Riigikantselei, lk 11
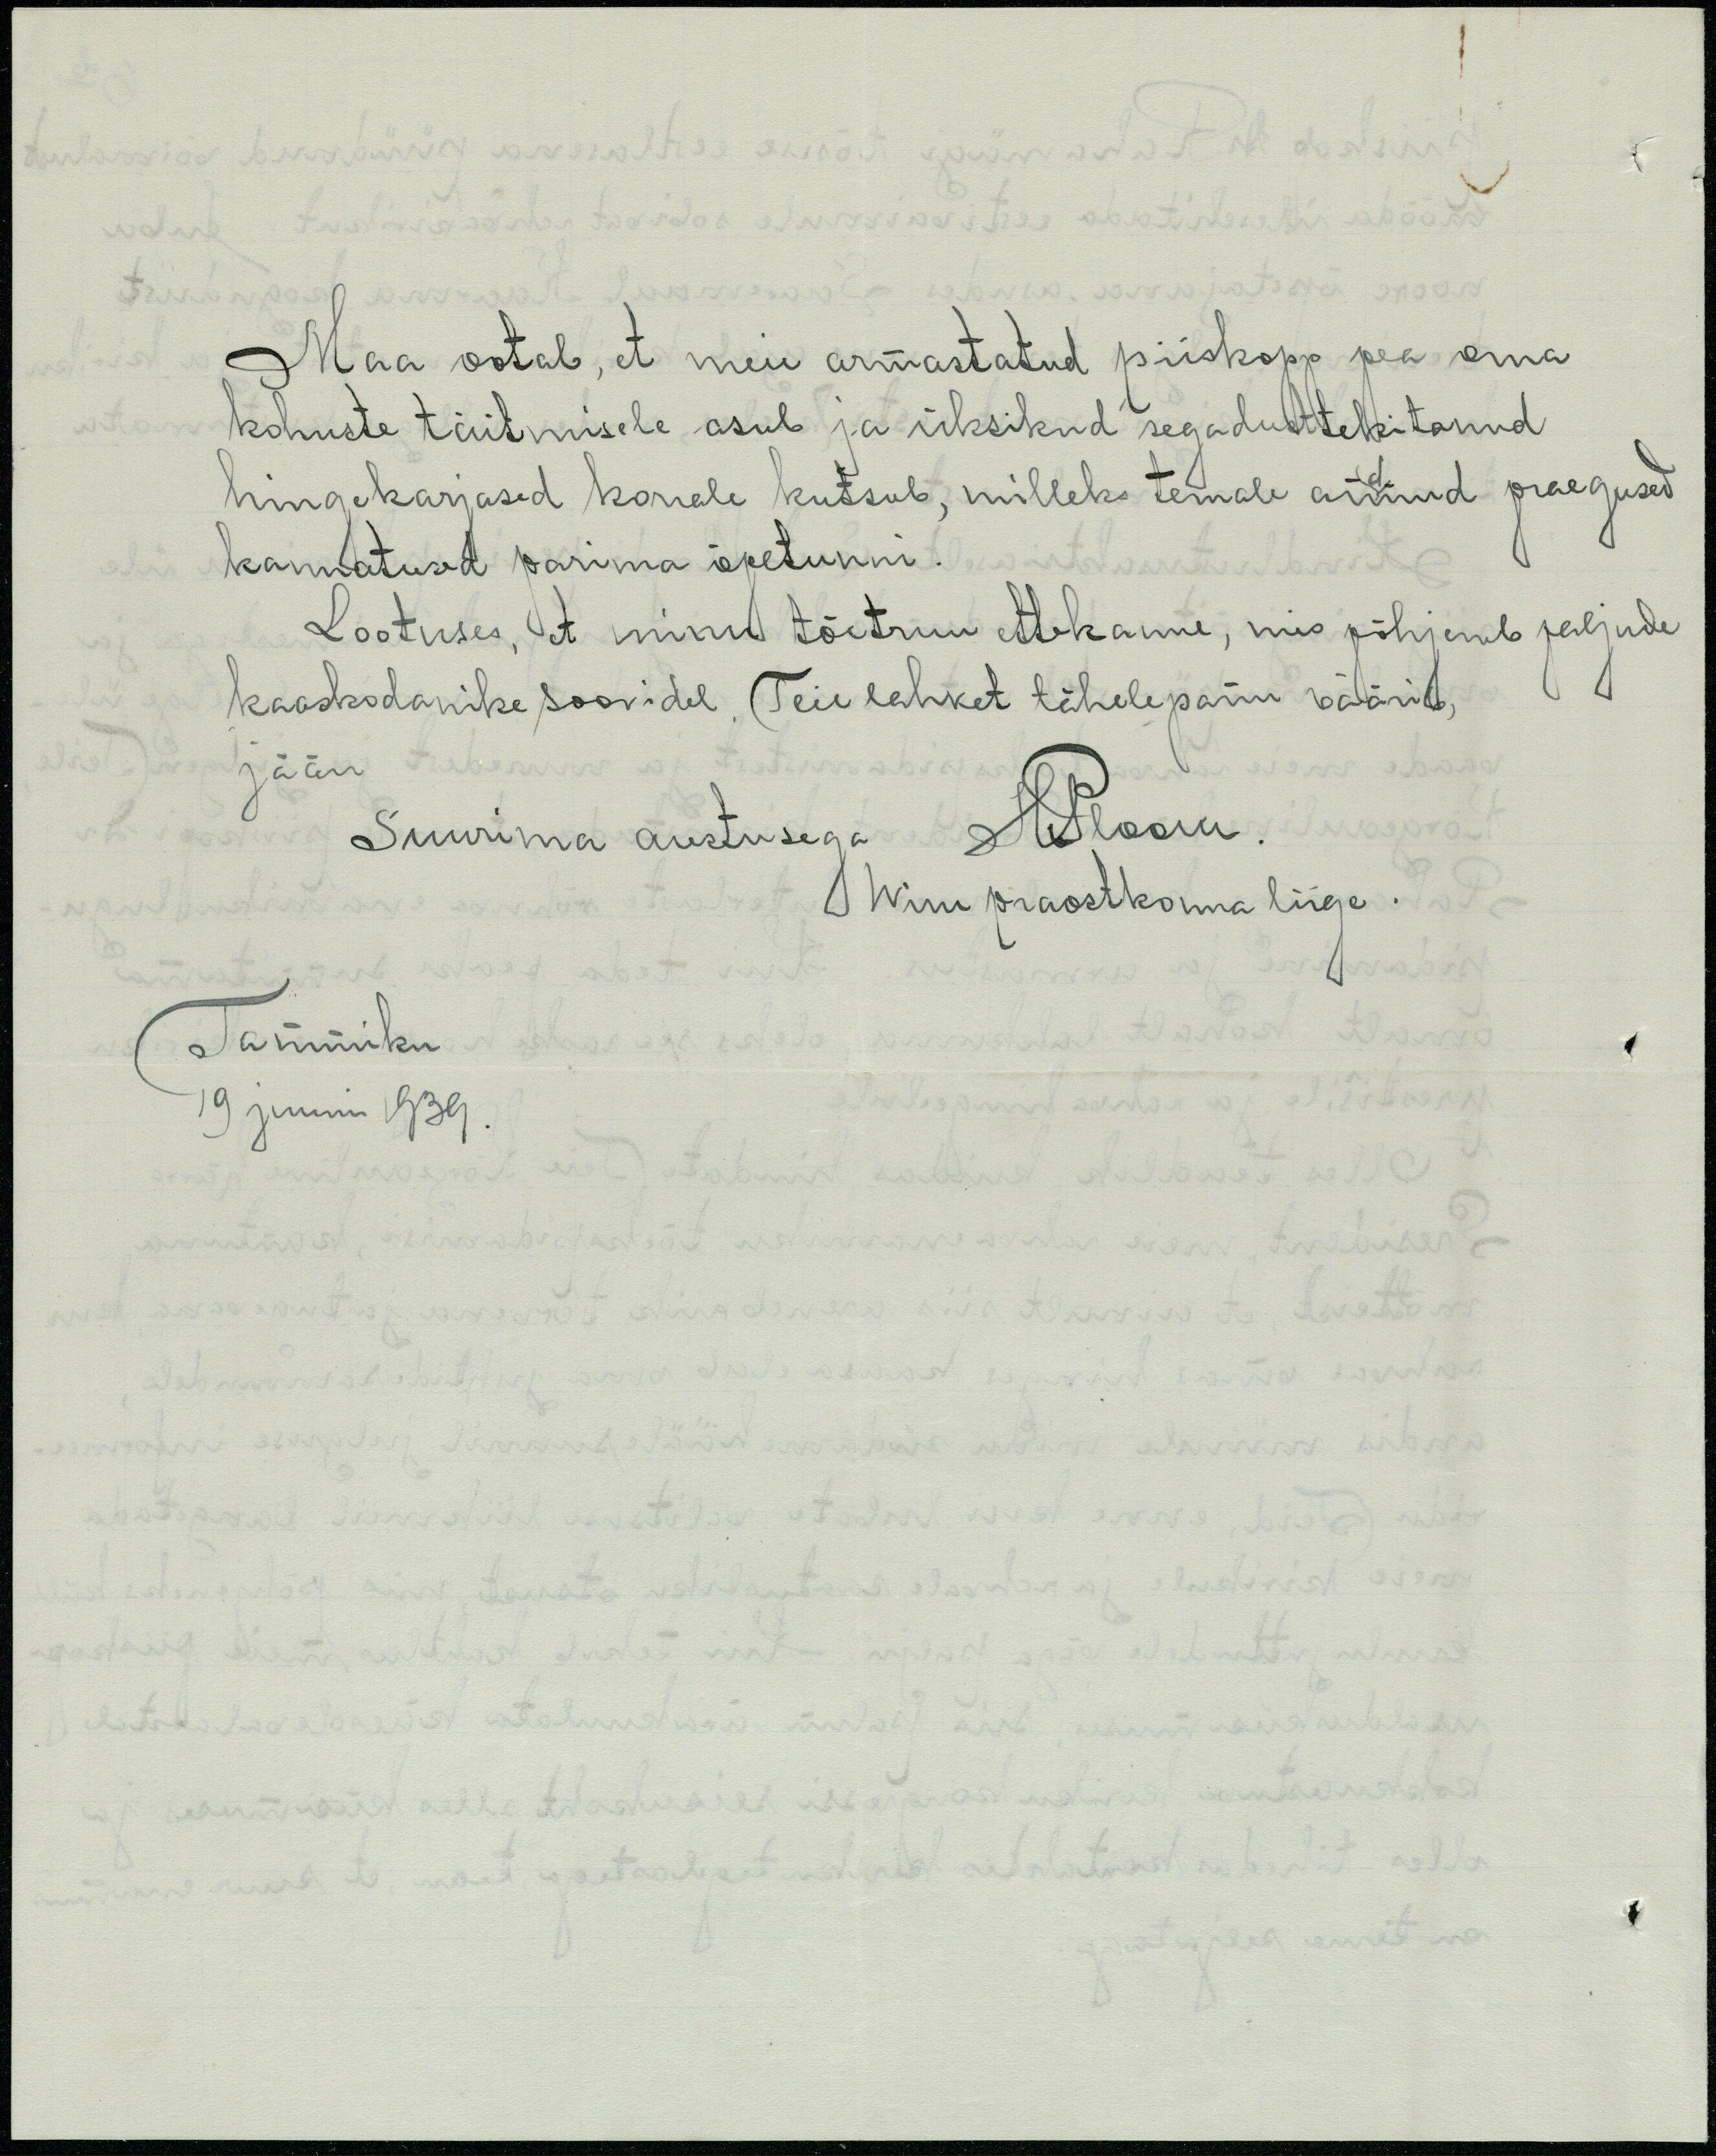
Maa ootab, et meie armastatud piiskopp pea oma
kohuste täitmisele asub ja üksikud segadustekitanud
hingekarjased korrele kutsub, milleks temale andnud praegused
kannatused parima õpetunni.
Lootuses, et minu tõetruu ettekanne, mis põhjeneb paljude
kaaskodaniise soovidel, Teie lahket tähelepanu väärid,
Jään
Suurima austusega
Wiru praostkonna liige.
Tammiku
19 juuni 1939.